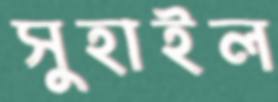
সুহাইল